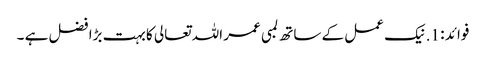
فوائد : 1. نیک عمل کے ساتھ لمبی عمر اللہ تعالی کا بہت بڑا فضل ہے ۔